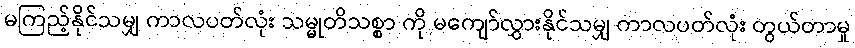
မကြည့်နိုင်သမျှ ကာလပတ်လုံး သမ္မုတိသစ္စာ ကို မကျော်လွှားနိုင်သမျှ ကာလပတ်လုံး တွယ်တာမှု